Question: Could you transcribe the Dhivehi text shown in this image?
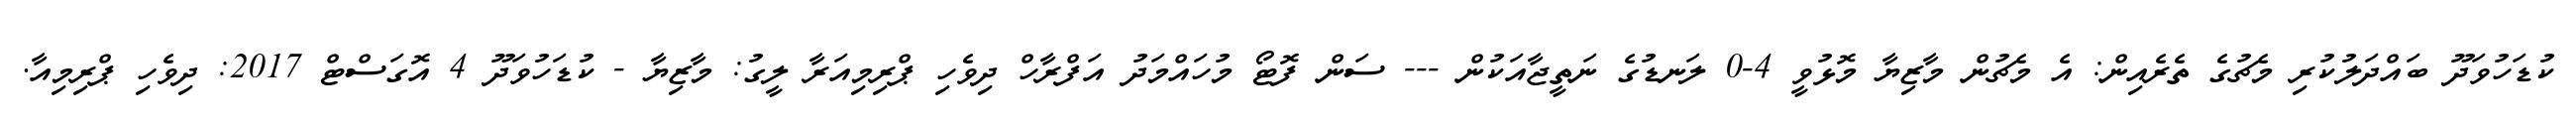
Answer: ކުޑަހުވަދޫ ބައްދަލުކުރި މެޗުގެ ތެރެއިން: އެ މެޗުން މާޒިޔާ މޮޅުވީ 4-0 ލަނޑުގެ ނަތީޖާއަކުން --- ސަން ފޮޓޯ މުހައްމަދު އަފްރާހް ދިވެހި ޕްރިމިއަރާ ލީގު: މާޒިޔާ - ކުޑަހުވަދޫ 4 އޮގަސްޓް 2017: ދިވެހި ޕްރިމިއާ.